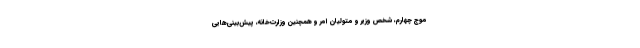
موج چهارم، شخص وزیر و متولیان امر و همچنین وزارت‌خانه، پیش‌بینی‌هایی